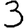
Digit: 3